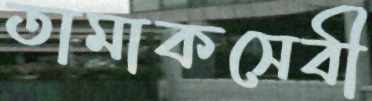
তামাকসেবী